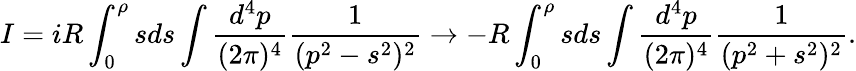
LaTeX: I=iR\int_{0}^{\rho}sds\int\frac{d^{4}p}{(2\pi)^{4}}\frac{1}{(p^{2}-s^{2})^{2}}\rightarrow-R\int_{0}^{\rho}sds\int\frac{d^{4}p}{(2\pi)^{4}}\frac{1}{(p^{2}+s^{2})^{2}}.